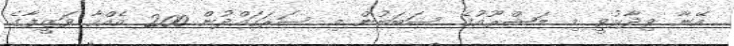
އޭނާ ވިދާޅުވީ މި މަޝްރޫއުގެ ސަބަބުން މި ސަރަހައްދުން 200 އެއްހާ ވަޒީފާގެ